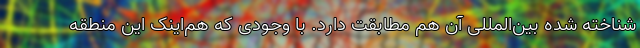
شناخته شده بین‌المللی آن هم مطابقت دارد. با وجودی که هم‌اینک این منطقه